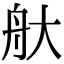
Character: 𦨐